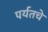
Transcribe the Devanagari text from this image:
पर्यतचे